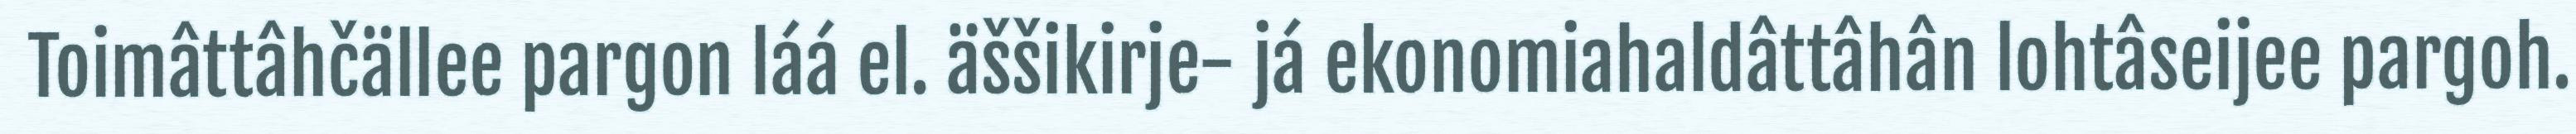
Toimâttâhčällee pargon láá el. äššikirje- já ekonomiahaldâttâhân lohtâseijee pargoh.